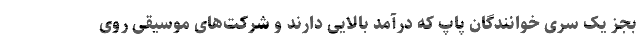
بجز یک سری خوانندگان پاپ که درآمد بالایی دارند و شرکت‌های موسیقی روی